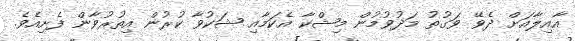
އާއިލާއަށް ދެވޭ ވަގުތު މަދުވުމުން މިޝްކާ އެކަމާއި ޝަކުވާ ކުރުން އިތުރުވާން ފެށިއެވެ.